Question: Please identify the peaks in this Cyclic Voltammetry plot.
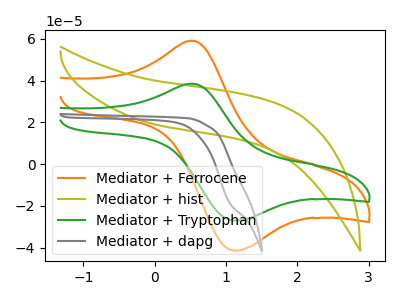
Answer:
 <answer>The orange curve "Mediator + Ferrocene" has an anodic peak at (0.55V, 59.15uA) and a cathodic peak at (1.15V, -41.40uA). The olive curve "Mediator + hist" has no peaks. The green curve "Mediator + Tryptophan" has an anodic peak at (0.55V, 38.55uA) and a cathodic peak at (1.15V, -26.95uA). The gray curve "Mediator + dapg" has no peaks.</answer>
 <eval></eval>